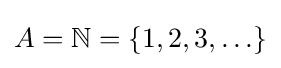
A=\mathbb {N} =\{1,2,3,\ldots \}